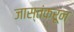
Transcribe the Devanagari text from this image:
जास्तंकरून